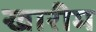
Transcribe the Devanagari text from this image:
खारीम